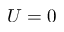
U = 0